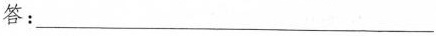
答：___